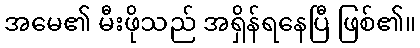
အမေ၏ မီးဖိုသည် အရှိန်ရနေပြီ ဖြစ်၏။